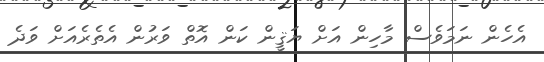
އެހެން ނަމަވެސް މާހިން އަށް ޔަޤީން ކަން އޮތް ވަރުން އެތެރެއަށް ވަދެ